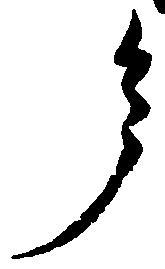
了